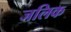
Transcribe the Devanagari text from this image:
जलिक